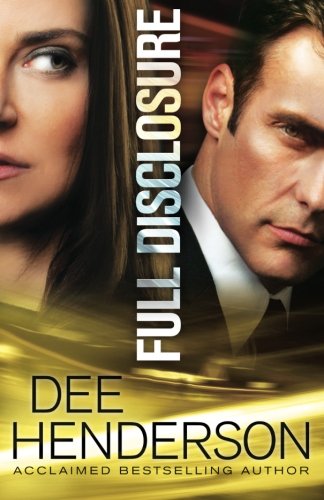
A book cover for Full Disclosure; Dee Henderson; Christian Books & Bibles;